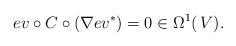
LaTeX: \begin{align*}ev \circ C \circ \left(\nabla ev^{\ast}\right)=0 \in \Omega^1(\,V). \end{align*}